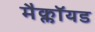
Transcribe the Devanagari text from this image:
मैक्लॉयड